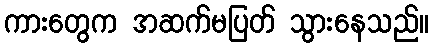
ကားတွေက အဆက်မပြတ် သွားနေသည်။